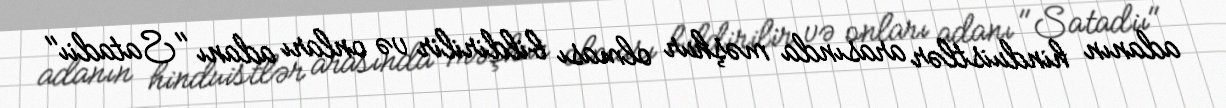
adanın hinduistlər arasında məşhur olması bildirilir və onları adanı "Satadiı"